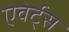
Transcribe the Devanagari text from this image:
एवेर्ट्स